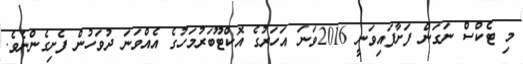
މި ޓެކްސް ނަގަން ފަށާފައިވަނީ 2016ވަނަ އަހަރުގެ އޮކްޓޫބަރުމަހުގެ އެއްވަނަ ދުވަހުން ފެށިގެންނެވެ.